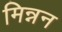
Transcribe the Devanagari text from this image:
मिन्नन